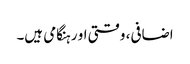
اضافی، وقتی او رہنگامی ہیں۔